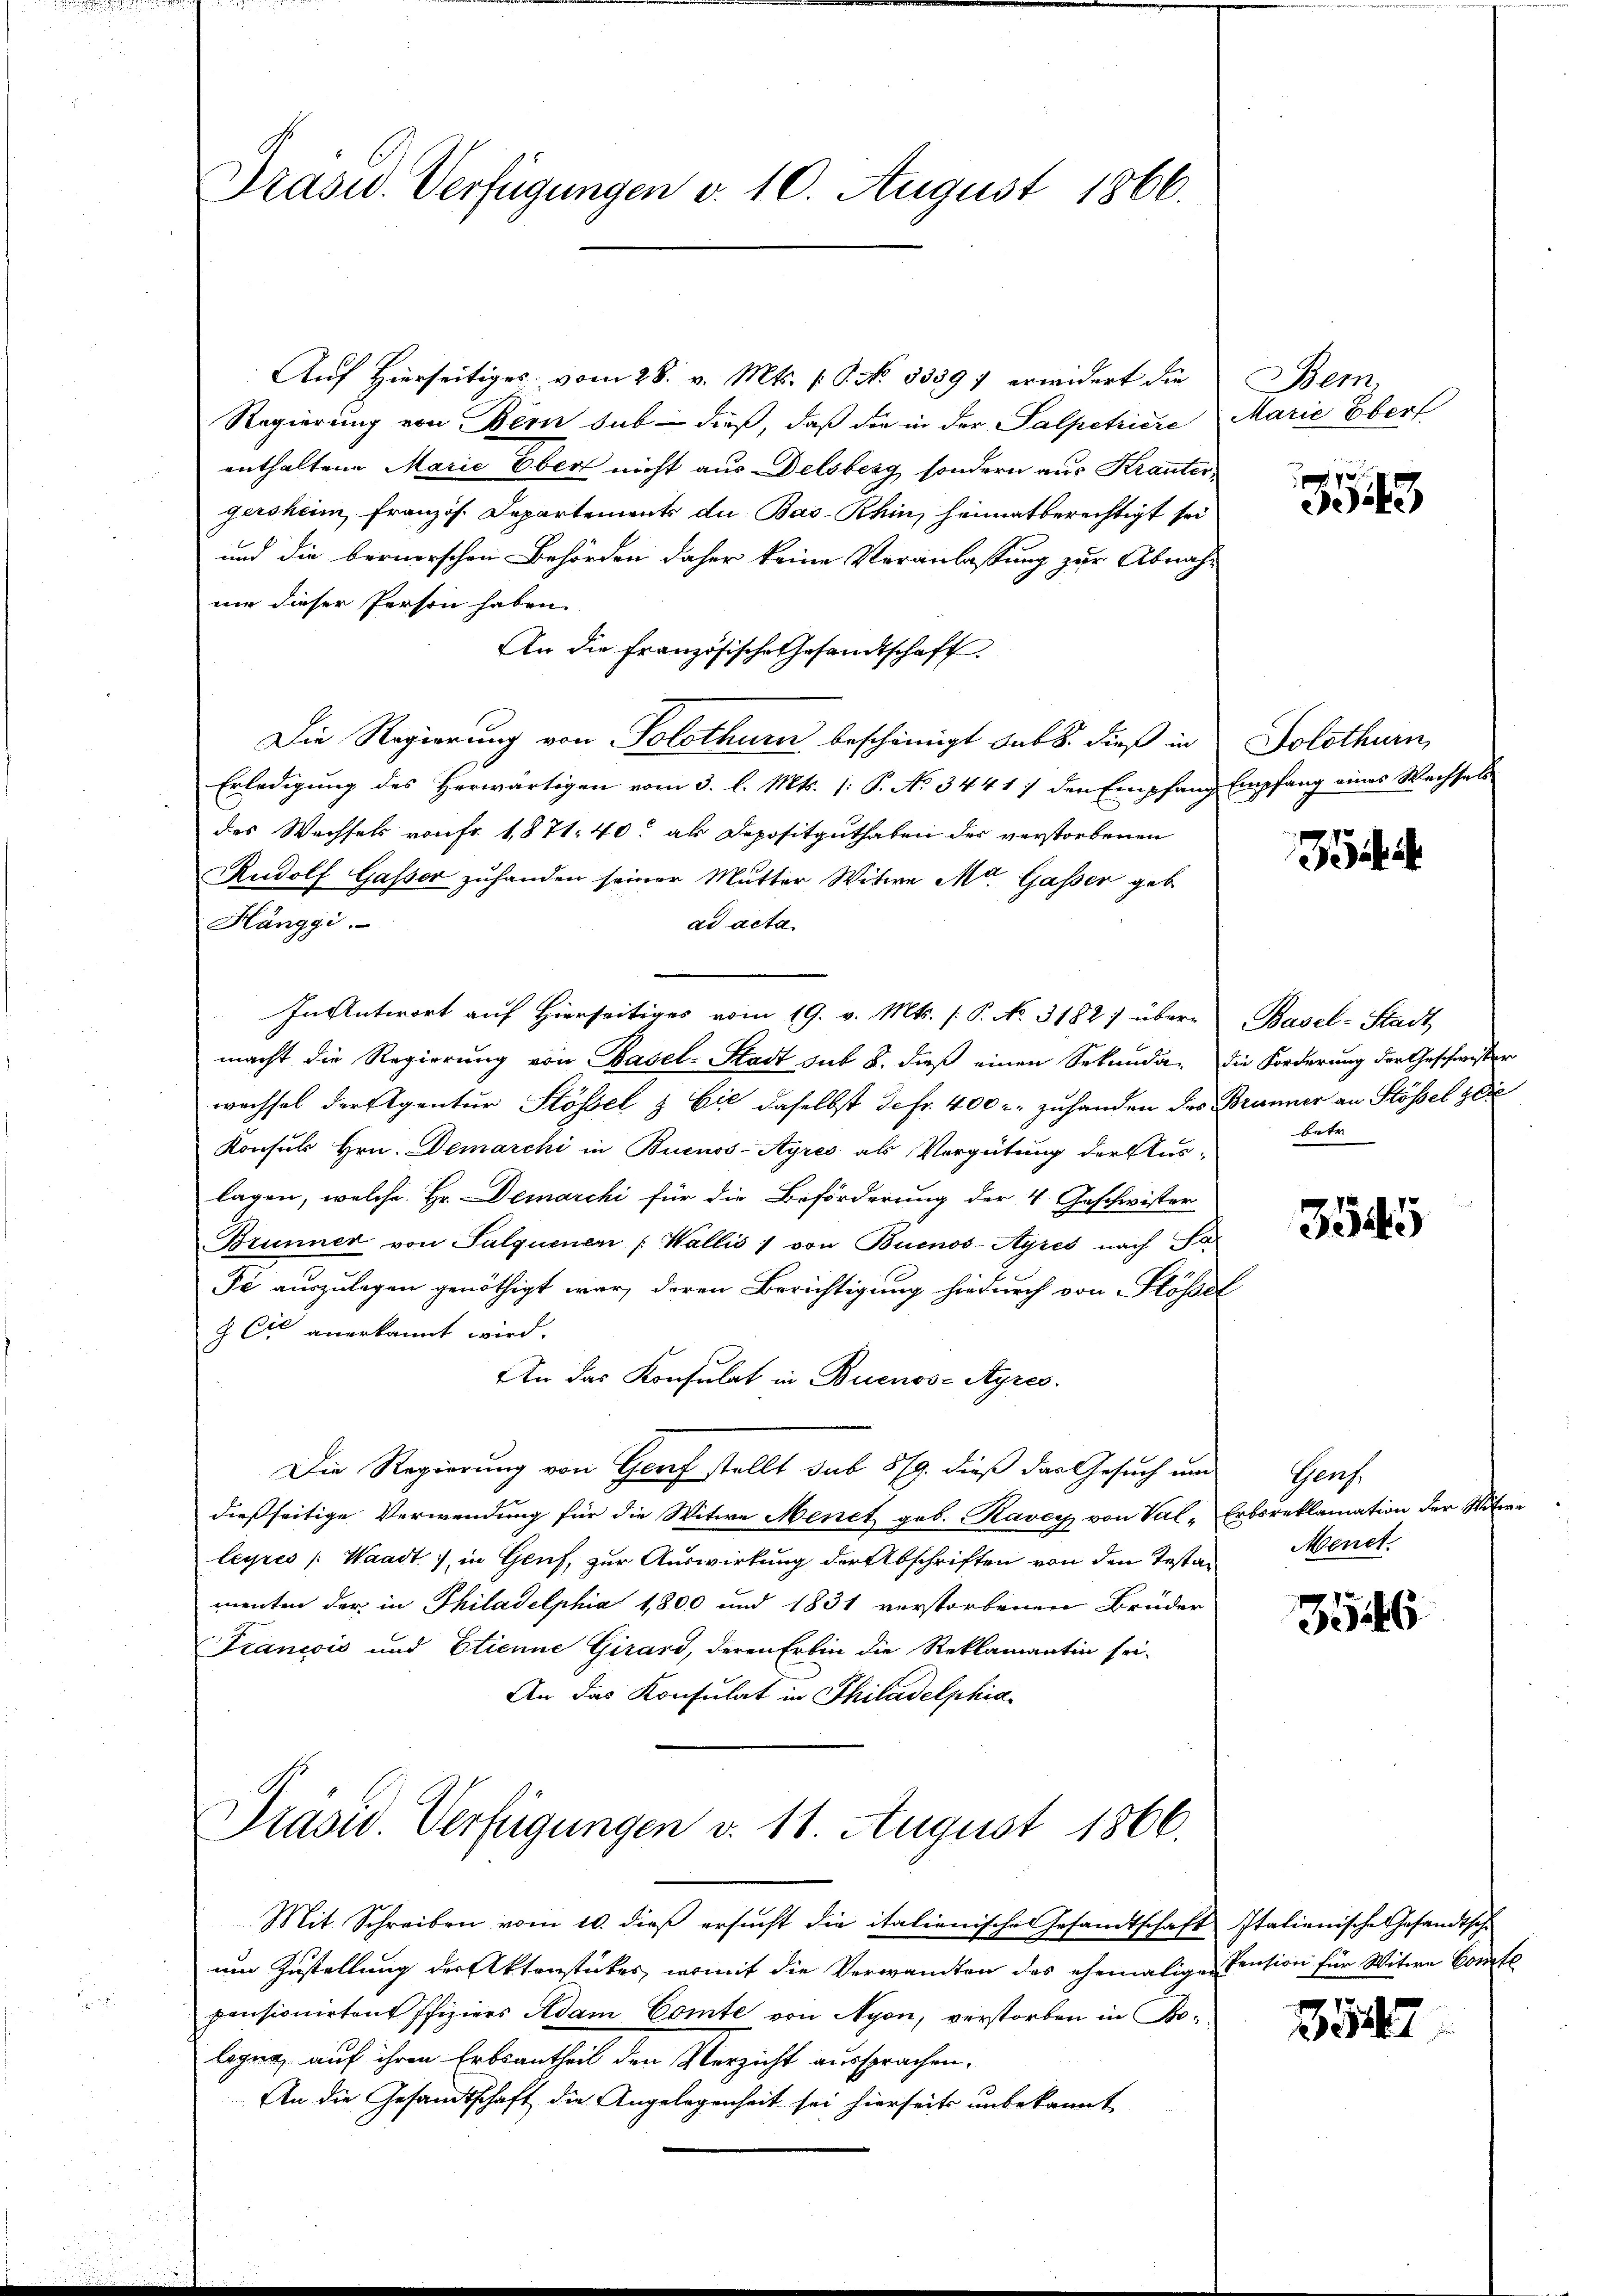
Präsid. Verfügungen d. 10. August 1866.

Auf Hierseitiges vom 28. v. Mts. S. No. 53397 erwidert die
Regierung von Bern sub dieß, daß die in der Salpetriere
enthaltene Marie Über nicht aus Delsberg sondern aus Kranter
gersheim französ. Departements du Bas- Rhin, heimatberechtigt sei
und die bernerschen Behörden daher keine Veranlassung zur Abnahmie dieser Person haben.
An die Französische Gesandtschaft
Die Regierung von Solothurn beschinigt sub 8. dieß in
Erledigung des Herwärtigen vom 3. l. Mts. (: P. No 344 1) den Empfang Empfang eines Wechsels
des Wechsels von Fr. 1871. 40 als Depositguthaben des verstorbenen
Rudolf Gasser zuhanden seiner Mutter Witwe Mt. Gasser geb
ad acta
Hänggi.
In Antwort auf Hierseitiges vom 19. v. Mts. [P. No. 3182) über-
macht die Regierung von Basel-Stadt sub 8. dieß einen Sekunda-
wachsel der Eigentur Stössel & Cie daselbst defr. 400 r. zuhanden des Brunner an Stössel zie
Konsuls Hrn. Demarchi in Buenos-Ayres als Vergütung der Aus-
lagen, welche Hr. Demarchi für die Beförderung der 4 Geschwister
Brunner von Salquenen Wallis / von Buenos-Ayres nach Ja
Pé auszulegen genöthigt war, deren Berichtigung hiedurch von Klössel
& Cie anerkannt wird.
An das Konsulat in Buenos-Ayres.
Die Regierung von Graf stellt sub 879. dieß das Gesuch und
dießseitige Verwendung für die Witwe Menet geb. Kavey von Val-
leyres Waadt, in Gruf, zur Auswirkung der Abschriften von den Testan
menten der in Philadelphia 1,800 und 1831 verstorbenen Brüder
Francois und Etienne Girard, deren Erbin die Reklamantin sei-
An das Konsulat in Philadelphia¬
Präsid. Verfügungen d. 11. August 1866.
Mit Schreiben vom 10. dieβ ersŭcht die italienische Gesandtschaft Italienische Gesandtsch
um Zustellung der Aktenstückes, womit die Verwandten des ehemalige Pension für Witwe Comte
pensionirten Pfiziers Adam Comte von Nyon, verstorben in Prolegna, auf ihren Erbsantheil den Verzicht aussprachen.
An die Gesandtschaft die Angelegenheit sei hierseits unbekannt

Bem,
Marie Eberf

7
4

Solothurn

Basel-Stadt
die Forderung der Geschwister
betr

3545

Genf,
Erbsreklamation der Mitere
Menet.

346

154